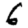
Digit: 6